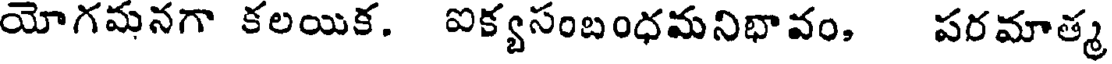
యోగమనగా కలయిక. ఐక్యసంబంధమనిభావం, పరమాత్మ